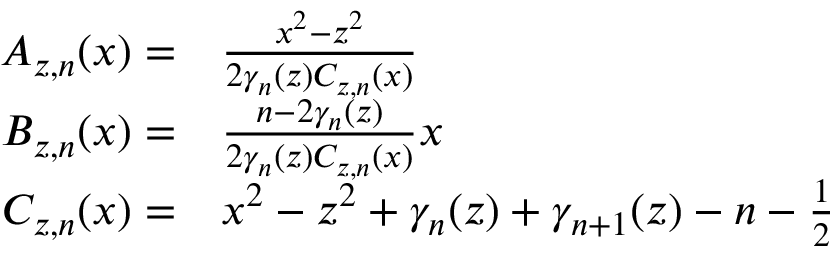
\begin{array} { r l } { A _ { z , n } ( x ) = } & { { } \frac { x ^ { 2 } - z ^ { 2 } } { 2 \gamma _ { n } ( z ) C _ { z , n } ( x ) } } \\ { B _ { z , n } ( x ) = } & { { } \frac { n - 2 \gamma _ { n } ( z ) } { 2 \gamma _ { n } ( z ) C _ { z , n } ( x ) } x } \\ { C _ { z , n } ( x ) = } & { { } x ^ { 2 } - z ^ { 2 } + \gamma _ { n } ( z ) + \gamma _ { n + 1 } ( z ) - n - \frac { 1 } { 2 } } \end{array}